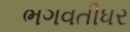
ભગવતીધર